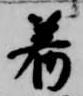
着